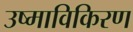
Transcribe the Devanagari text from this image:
उष्माविकिरण